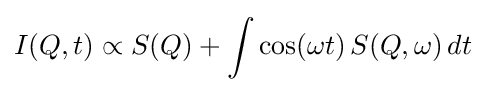
I(Q,t)\propto S(Q)+\int \cos(\omega t)\,S(Q,\omega )\,dt